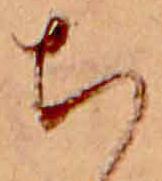
ち